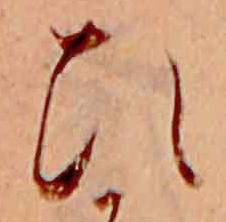
ひ